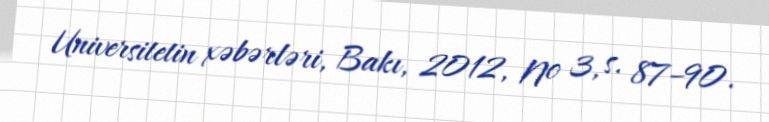
Universitetin xəbərləri, Bakı, 2012, № 3, s. 87–90.